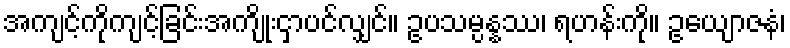
အကျင့်ကိုကျင့်ခြင်းအကျိုးငှာပင်လျှင်။ ဥပသမ္ပန္နဿ၊ ရဟန်းကို။ ဥယျောဇနံ၊